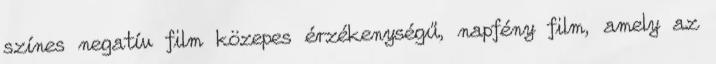
színes negatív film közepes érzékenységű, napfény film, amely az